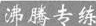
沸腾专练